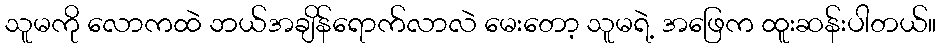
သူမကို လောကထဲ ဘယ်အချိန်ရောက်လာလဲ မေးတော့ သူမရဲ့ အဖြေက ထူးဆန်းပါတယ်။